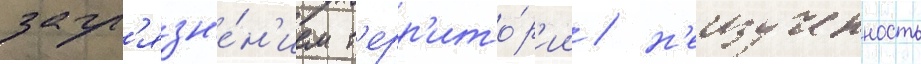
загр'язн'е́н'ием т'ерр'ито́р'ии / н'еизученность